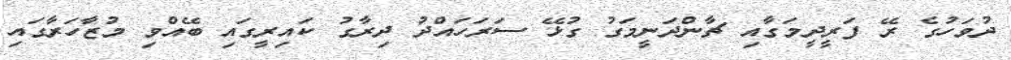
ދުވަހުގެ ރޭ ފަރީދީމަގާއި ޗާންދަނީމަގު ގުޅޭ ސަރަހައްދު ދިރާގު ކައިރީގައި ބޭއްވި މުޒާހަރާގައި